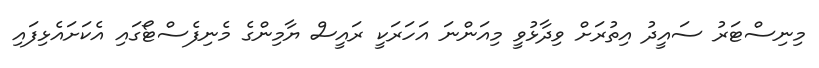
މިނިސްޓަރު ސައީދު އިތުރަށް ވިދާޅުވީ މިއަންނަ އަހަރަކީ ރައީސް ޔާމިންގެ މެނިފެސްޓޯގައި އެކަށައެޅިފައި